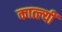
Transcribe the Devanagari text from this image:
कात्ल्यीं